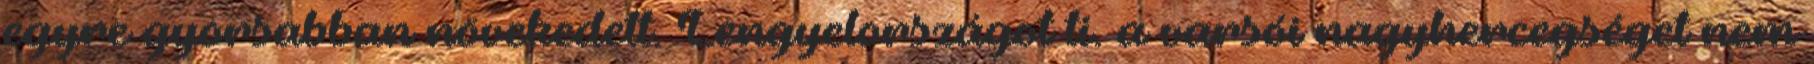
egyre gyorsabban növekedett. Lengyelországot ti. a varsói nagyhercegséget nem